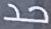
حد